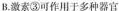
B.激素③可作用于多种器官